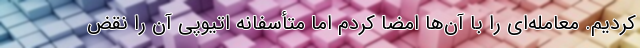
کردیم. معامله‌ای را با آن‌ها امضا کردم اما متأسفانه اتیوپی آن را نقض